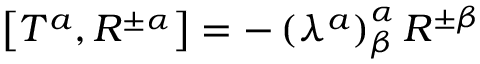
\left[ T ^ { a } , R ^ { \pm \alpha } \right] = - \left( \lambda ^ { a } \right) _ { \beta } ^ { \alpha } R ^ { \pm \beta }